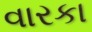
વારકા